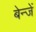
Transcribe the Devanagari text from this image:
बेन्जें